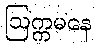
ဩက္ကမနေ